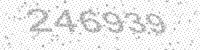
Solution: 246939